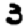
Digit: 3